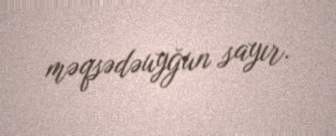
məqsədəuyğun sayır.